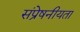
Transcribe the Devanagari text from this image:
संप्रेषनीयता